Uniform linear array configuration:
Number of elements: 8
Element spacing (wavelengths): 0.25
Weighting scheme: uniform
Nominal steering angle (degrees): -60
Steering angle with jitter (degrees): -61.001
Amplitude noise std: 0.05
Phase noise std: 0.05

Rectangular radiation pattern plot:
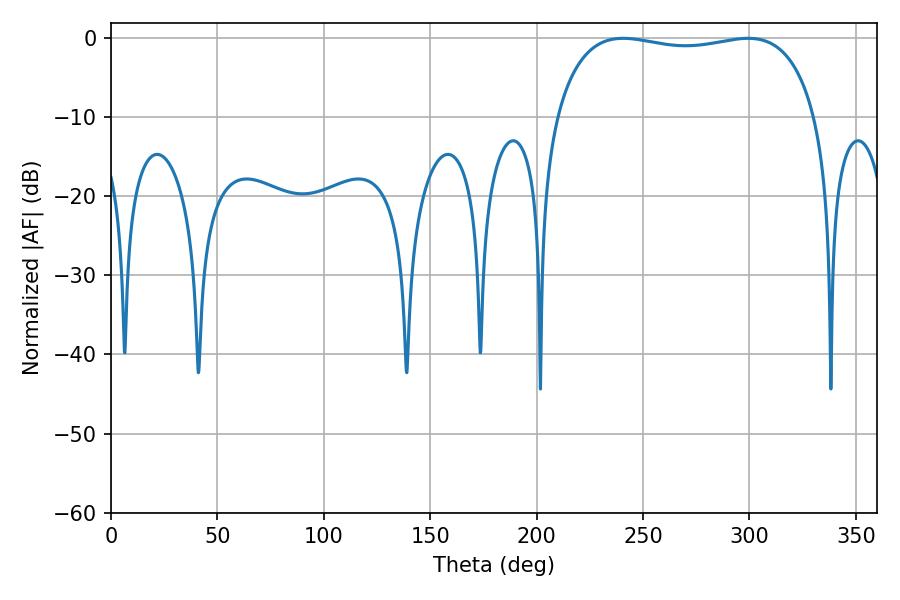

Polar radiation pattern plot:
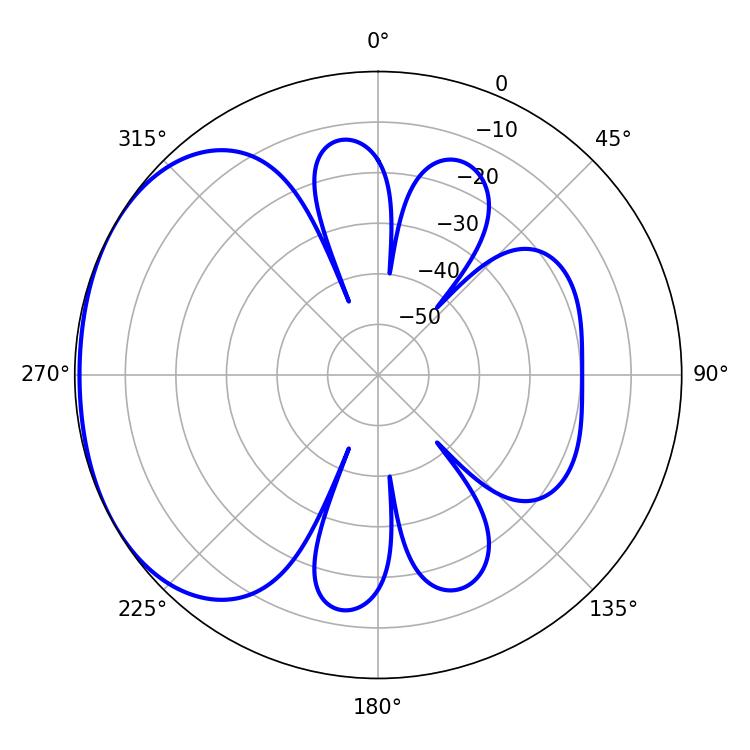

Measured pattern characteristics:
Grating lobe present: FALSE
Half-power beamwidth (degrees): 99
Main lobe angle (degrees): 240.66